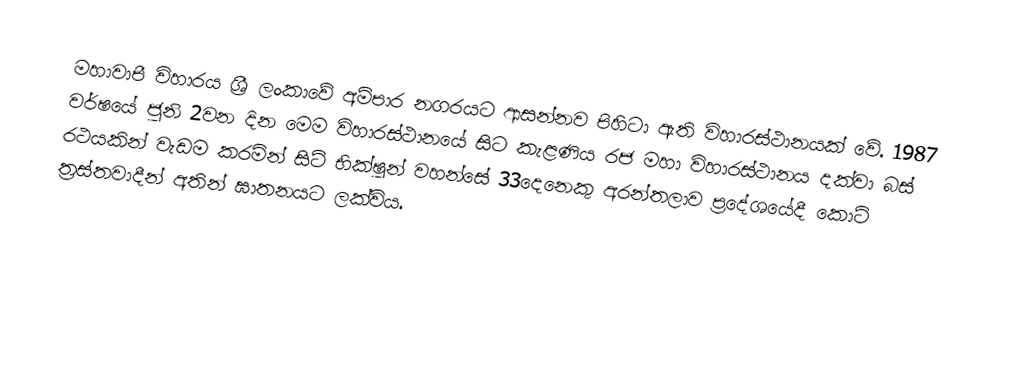
මහාවාපී විහාරය ශ්‍රී ලංකාවේ අම්පාර නගරයට ආසන්නව පිහිටා ඇති විහාරස්ථානයක් වේ. 1987 වර්ෂයේ ජූනි 2වන දින මෙම විහාරස්ථානයේ සිට කැළණිය රජ මහා විහාරස්ථානය දක්වා බස් රථයකින් වැඩම කරමින් සිටි භික්ෂූන් වහන්සේ 33දෙනෙකු අරන්තලාව ප්‍රදේශයේදී කොටි ත්‍රස්තවාදීන් අතින් ඝාතනයට ලක්විය.